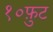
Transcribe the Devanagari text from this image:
१०फ़ुट